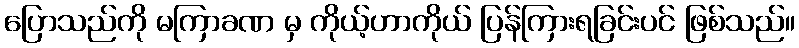
ပြောသည်ကို မကြာခဏ မှ ကိုယ့်ဟာကိုယ် ပြန်ကြားရခြင်းပင် ဖြစ်သည်။